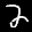
Label: 2